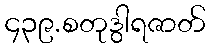
၄၃၉.စတုဒွါရဇာတ်